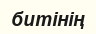
битінің